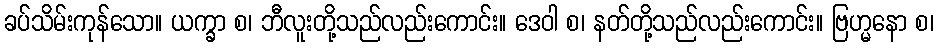
ခပ်သိမ်းကုန်သော။ ယက္ခာ စ၊ ဘီလူးတို့သည်လည်းကောင်း။ ဒေဝါ စ၊ နတ်တို့သည်လည်းကောင်း။ ဗြဟ္မနော စ၊